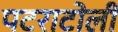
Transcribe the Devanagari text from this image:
पटराटोली